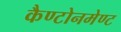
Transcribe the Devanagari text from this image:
कैण्टोनमेण्ट